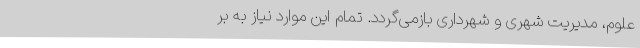
علوم، مدیریت شهری و شهرداری بازمی‌گردد. تمام این موارد نیاز به بر